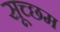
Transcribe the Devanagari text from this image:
सूच्‍छम